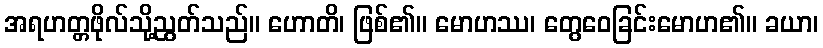
အရဟတ္တဖိုလ်သို့ညွတ်သည်။ ဟောတိ၊ ဖြစ်၏။ မောဟဿ၊ တွေဝေခြင်းမောဟ၏။ ခယာ၊